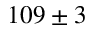
1 0 9 \pm 3